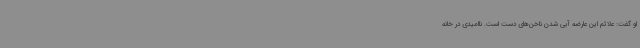
او گفت: علائم این عارضه آبی شدن ناخن‌های دست است. ناامیدی در خانه